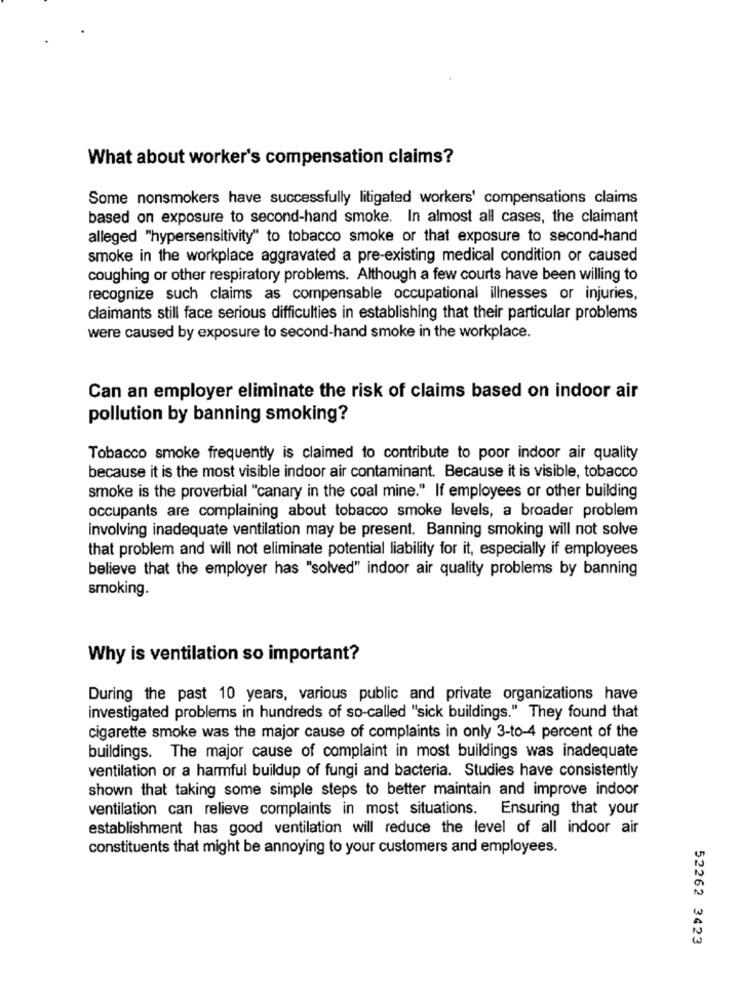
What about worker's compensation claims?
Some nonsmokers have successfully litigated workers' compensations claims
based on exposure to second-hand smoke. In almost all cases, the claimant
alleged "hypersensitivity" to tobacco smoke or that exposure to second-hand
smoke in the workplace aggravated a pre-existing medical condition or caused
coughing or other respiratory problems. Although a few courts have been willing to
recognize such claims as compensable occupational illnesses or injuries,
claimants still face serious difficulties in establishing that their particular problems
were caused by exposure to second-hand smoke in the workplace.
Can an employer eliminate the risk of claims based on indoor air
pollution by banning smoking?
Tobacco smoke frequently is claimed to contribute to poor indoor air quality
because it is the most visible indoor air contaminant. Because it is visible, tobacco
smoke is the proverbial "canary in the coal mine." If employees or other building
occupants are complaining about tobacco smoke levels, a broader problem
involving inadequate ventilation may be present. Banning smoking will not solve
that problem and will not eliminate potential liability for it, especially if employees
believe that the employer has "solved" indoor air quality problems by banning
smoking.
Why is ventilation so important?
During the past 10 years, various public and private organizations have
investigated problems in hundreds of so-called "sick buildings." They found that
cigarette smoke was the major cause of complaints in only 3-to-4 percent of the
buildings. The major cause of complaint in most buildings was inadequate
ventilation or a harmful buildup of fungi and bacteria. Studies have consistently
shown that taking some simple steps to better maintain and improve indoor
ventilation can relieve complaints in most situations. Ensuring that your
establishment has good ventilation will reduce the level of all indoor air
constituents that might be annoying to your customers and employees.
52262 3423